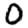
Digit: 0